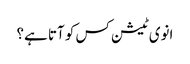
انوی ٹیشن کس کو آتا ہے؟